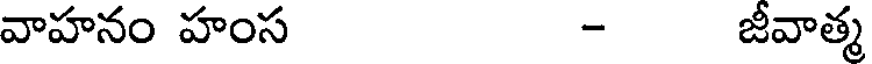
వాహనం హంస - జీవాత్మ